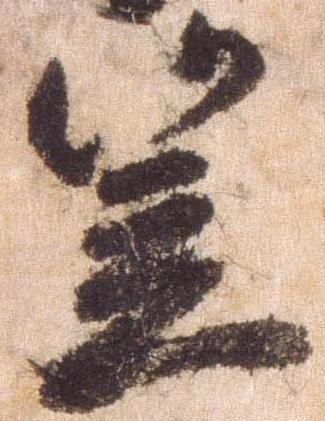
笠